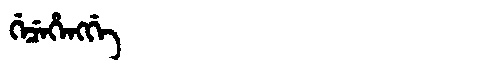
Manchu: ᡤᡝᠴᡝᡥᡝᠩᡤᡝ
Romanization: GECEHENGGE